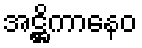
အဋ္ဌိကာနေဝ